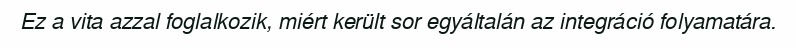
Ez a vita azzal foglalkozik, miért került sor egyáltalán az integráció folyamatára.